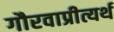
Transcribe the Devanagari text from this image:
गौरवाप्रीत्यर्थ